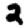
Digit: 2